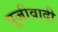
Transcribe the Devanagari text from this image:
पूजीवादी